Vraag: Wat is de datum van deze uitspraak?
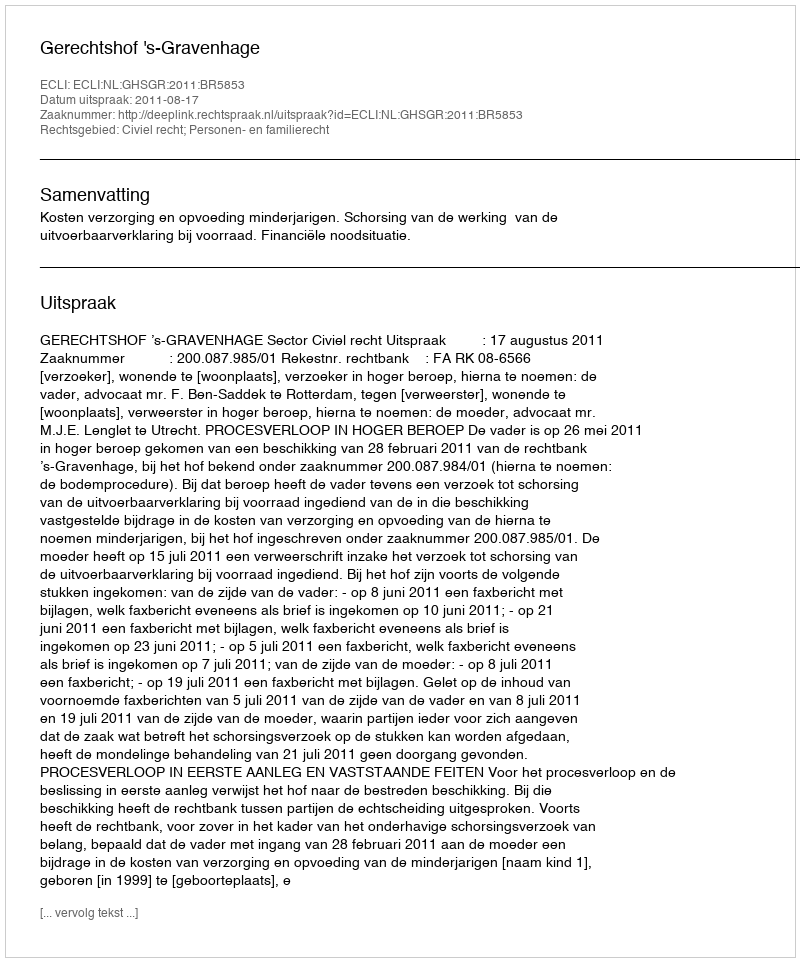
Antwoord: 2011-08-17